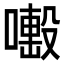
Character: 𠿊